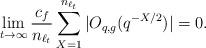
LaTeX: \begin{align*}\lim_{t \to \infty} \frac{c_f}{n_{\ell_t}}\sum_{X=1}^{n_{\ell_t}} |O_{q,g}(q^{-X/2})| = 0.\end{align*}